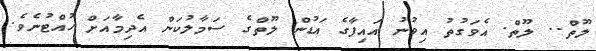
ލޫތް.. ލޫތް. އެވަގުތު އިވުނު އައިފާގެ އަޑުން ލޫތްގެ ސަމާލުކަން އެދިމާއަށް ހުއްޓުނެވެ.